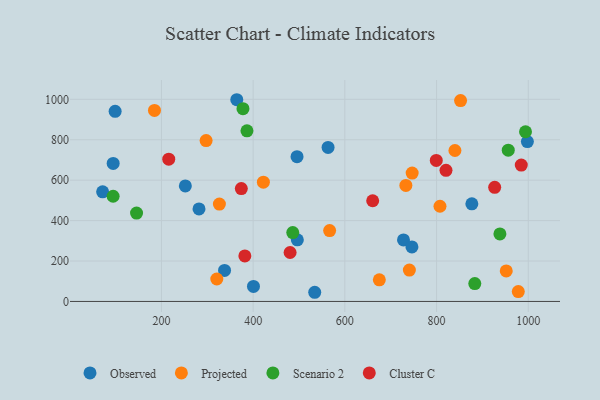
{"axis": {"x": "Experience", "y": "Salary"}, "legend": ["Cluster C", "Observed", "Projected", "Scenario 2"], "data": [{"x": "727.9", "y": 304.4, "type": "Observed"}, {"x": "281.9", "y": 457.7, "type": "Observed"}, {"x": "495.7", "y": 716.4, "type": "Observed"}, {"x": "400.7", "y": 74.3, "type": "Observed"}, {"x": "71.7", "y": 542.4, "type": "Observed"}, {"x": "252.1", "y": 571.5, "type": "Observed"}, {"x": "877.0", "y": 483.2, "type": "Observed"}, {"x": "563.4", "y": 761.8, "type": "Observed"}, {"x": "534.3", "y": 45.4, "type": "Observed"}, {"x": "99.0", "y": 940.4, "type": "Observed"}, {"x": "496.4", "y": 304.9, "type": "Observed"}, {"x": "94.7", "y": 682.9, "type": "Observed"}, {"x": "364.3", "y": 998.0, "type": "Observed"}, {"x": "998.1", "y": 790.9, "type": "Observed"}, {"x": "337.6", "y": 153.3, "type": "Observed"}, {"x": "746.3", "y": 269.8, "type": "Observed"}, {"x": "807.5", "y": 471.1, "type": "Projected"}, {"x": "978.3", "y": 49.1, "type": "Projected"}, {"x": "733.1", "y": 573.8, "type": "Projected"}, {"x": "952.0", "y": 150.9, "type": "Projected"}, {"x": "852.4", "y": 993.7, "type": "Projected"}, {"x": "184.8", "y": 945.3, "type": "Projected"}, {"x": "740.7", "y": 155.1, "type": "Projected"}, {"x": "746.8", "y": 635.0, "type": "Projected"}, {"x": "320.7", "y": 111.0, "type": "Projected"}, {"x": "840.1", "y": 746.8, "type": "Projected"}, {"x": "422.3", "y": 590.0, "type": "Projected"}, {"x": "566.8", "y": 350.7, "type": "Projected"}, {"x": "326.4", "y": 481.6, "type": "Projected"}, {"x": "675.2", "y": 107.0, "type": "Projected"}, {"x": "297.4", "y": 795.9, "type": "Projected"}, {"x": "386.5", "y": 844.2, "type": "Scenario 2"}, {"x": "883.4", "y": 88.2, "type": "Scenario 2"}, {"x": "94.6", "y": 520.4, "type": "Scenario 2"}, {"x": "994.0", "y": 839.6, "type": "Scenario 2"}, {"x": "145.7", "y": 437.2, "type": "Scenario 2"}, {"x": "938.2", "y": 334.2, "type": "Scenario 2"}, {"x": "486.4", "y": 340.8, "type": "Scenario 2"}, {"x": "377.8", "y": 953.9, "type": "Scenario 2"}, {"x": "956.4", "y": 748.6, "type": "Scenario 2"}, {"x": "381.9", "y": 225.4, "type": "Cluster C"}, {"x": "374.2", "y": 558.3, "type": "Cluster C"}, {"x": "215.9", "y": 704.1, "type": "Cluster C"}, {"x": "799.4", "y": 697.8, "type": "Cluster C"}, {"x": "660.7", "y": 498.2, "type": "Cluster C"}, {"x": "480.6", "y": 242.2, "type": "Cluster C"}, {"x": "984.8", "y": 674.8, "type": "Cluster C"}, {"x": "820.6", "y": 648.5, "type": "Cluster C"}, {"x": "926.8", "y": 564.4, "type": "Cluster C"}]}